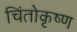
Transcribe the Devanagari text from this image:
चिंतोकृष्ण